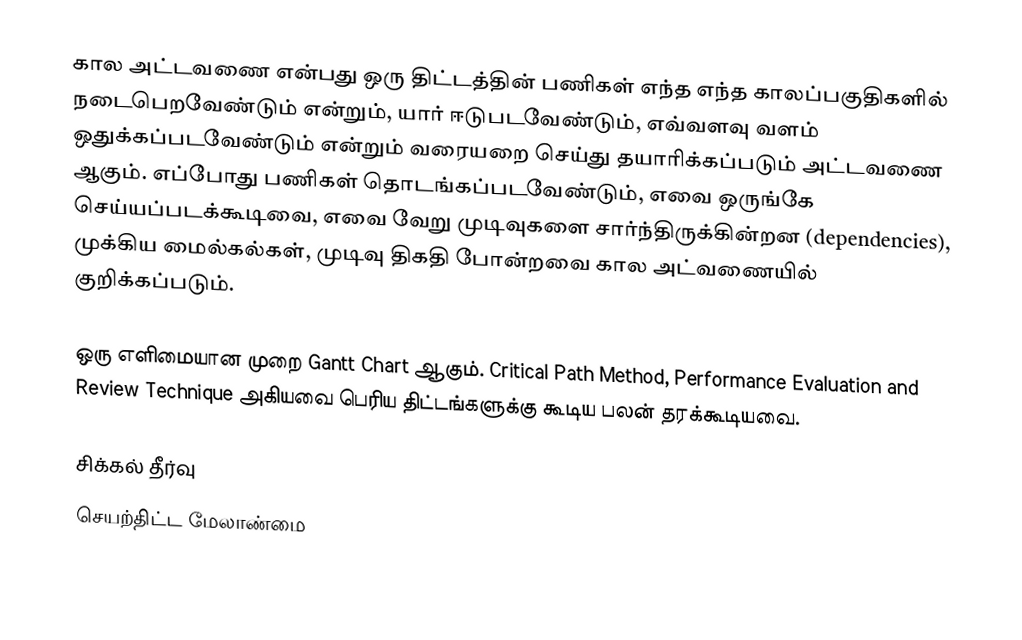
கால அட்டவணை என்பது ஒரு திட்டத்தின் பணிகள் எந்த எந்த காலப்பகுதிகளில் நடைபெறவேண்டும் என்றும், யார் ஈடுபடவேண்டும், எவ்வளவு வளம் ஒதுக்கப்படவேண்டும் என்றும் வரையறை செய்து தயாரிக்கப்படும் அட்டவணை ஆகும்.  எப்போது பணிகள் தொடங்கப்படவேண்டும், எவை ஒருங்கே செய்யப்படக்கூடிவை, எவை வேறு முடிவுகளை சார்ந்திருக்கின்றன (dependencies), முக்கிய மைல்கல்கள், முடிவு திகதி போன்றவை கால அட்வணையில் குறிக்கப்படும்.

ஒரு எளிமையான முறை Gantt Chart ஆகும்.  Critical Path Method, Performance Evaluation and Review Technique அகியவை பெரிய திட்டங்களுக்கு கூடிய பலன் தரக்கூடியவை.

சிக்கல் தீர்வு
செயற்திட்ட மேலாண்மை